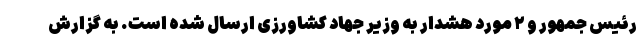
رئیس جمهور و ۲ مورد هشدار به وزیر جهاد کشاورزی ارسال شده است. به گزارش